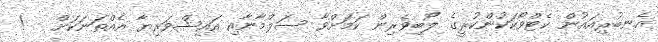
އެނބުރިއައުން ކެޓްވޯކަކުންކުރީގެ ލޯބިވެރިން ކަމަށްވާ ސަލްމާނާއި އައިޝްވަރިޔާ އެއްތަނަކަށް   !